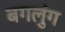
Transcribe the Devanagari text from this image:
बगलुंग